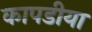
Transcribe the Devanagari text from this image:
कापडीया